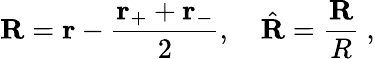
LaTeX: \mathbf{R}=\mathbf{r}-{\frac{\mathbf{r}_{+}+\mathbf{r}_{-}}{2}},\quad{\hat{\mathbf{R}}}={\frac{\mathbf{R}}{R}}\ ,